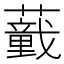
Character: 𱾸